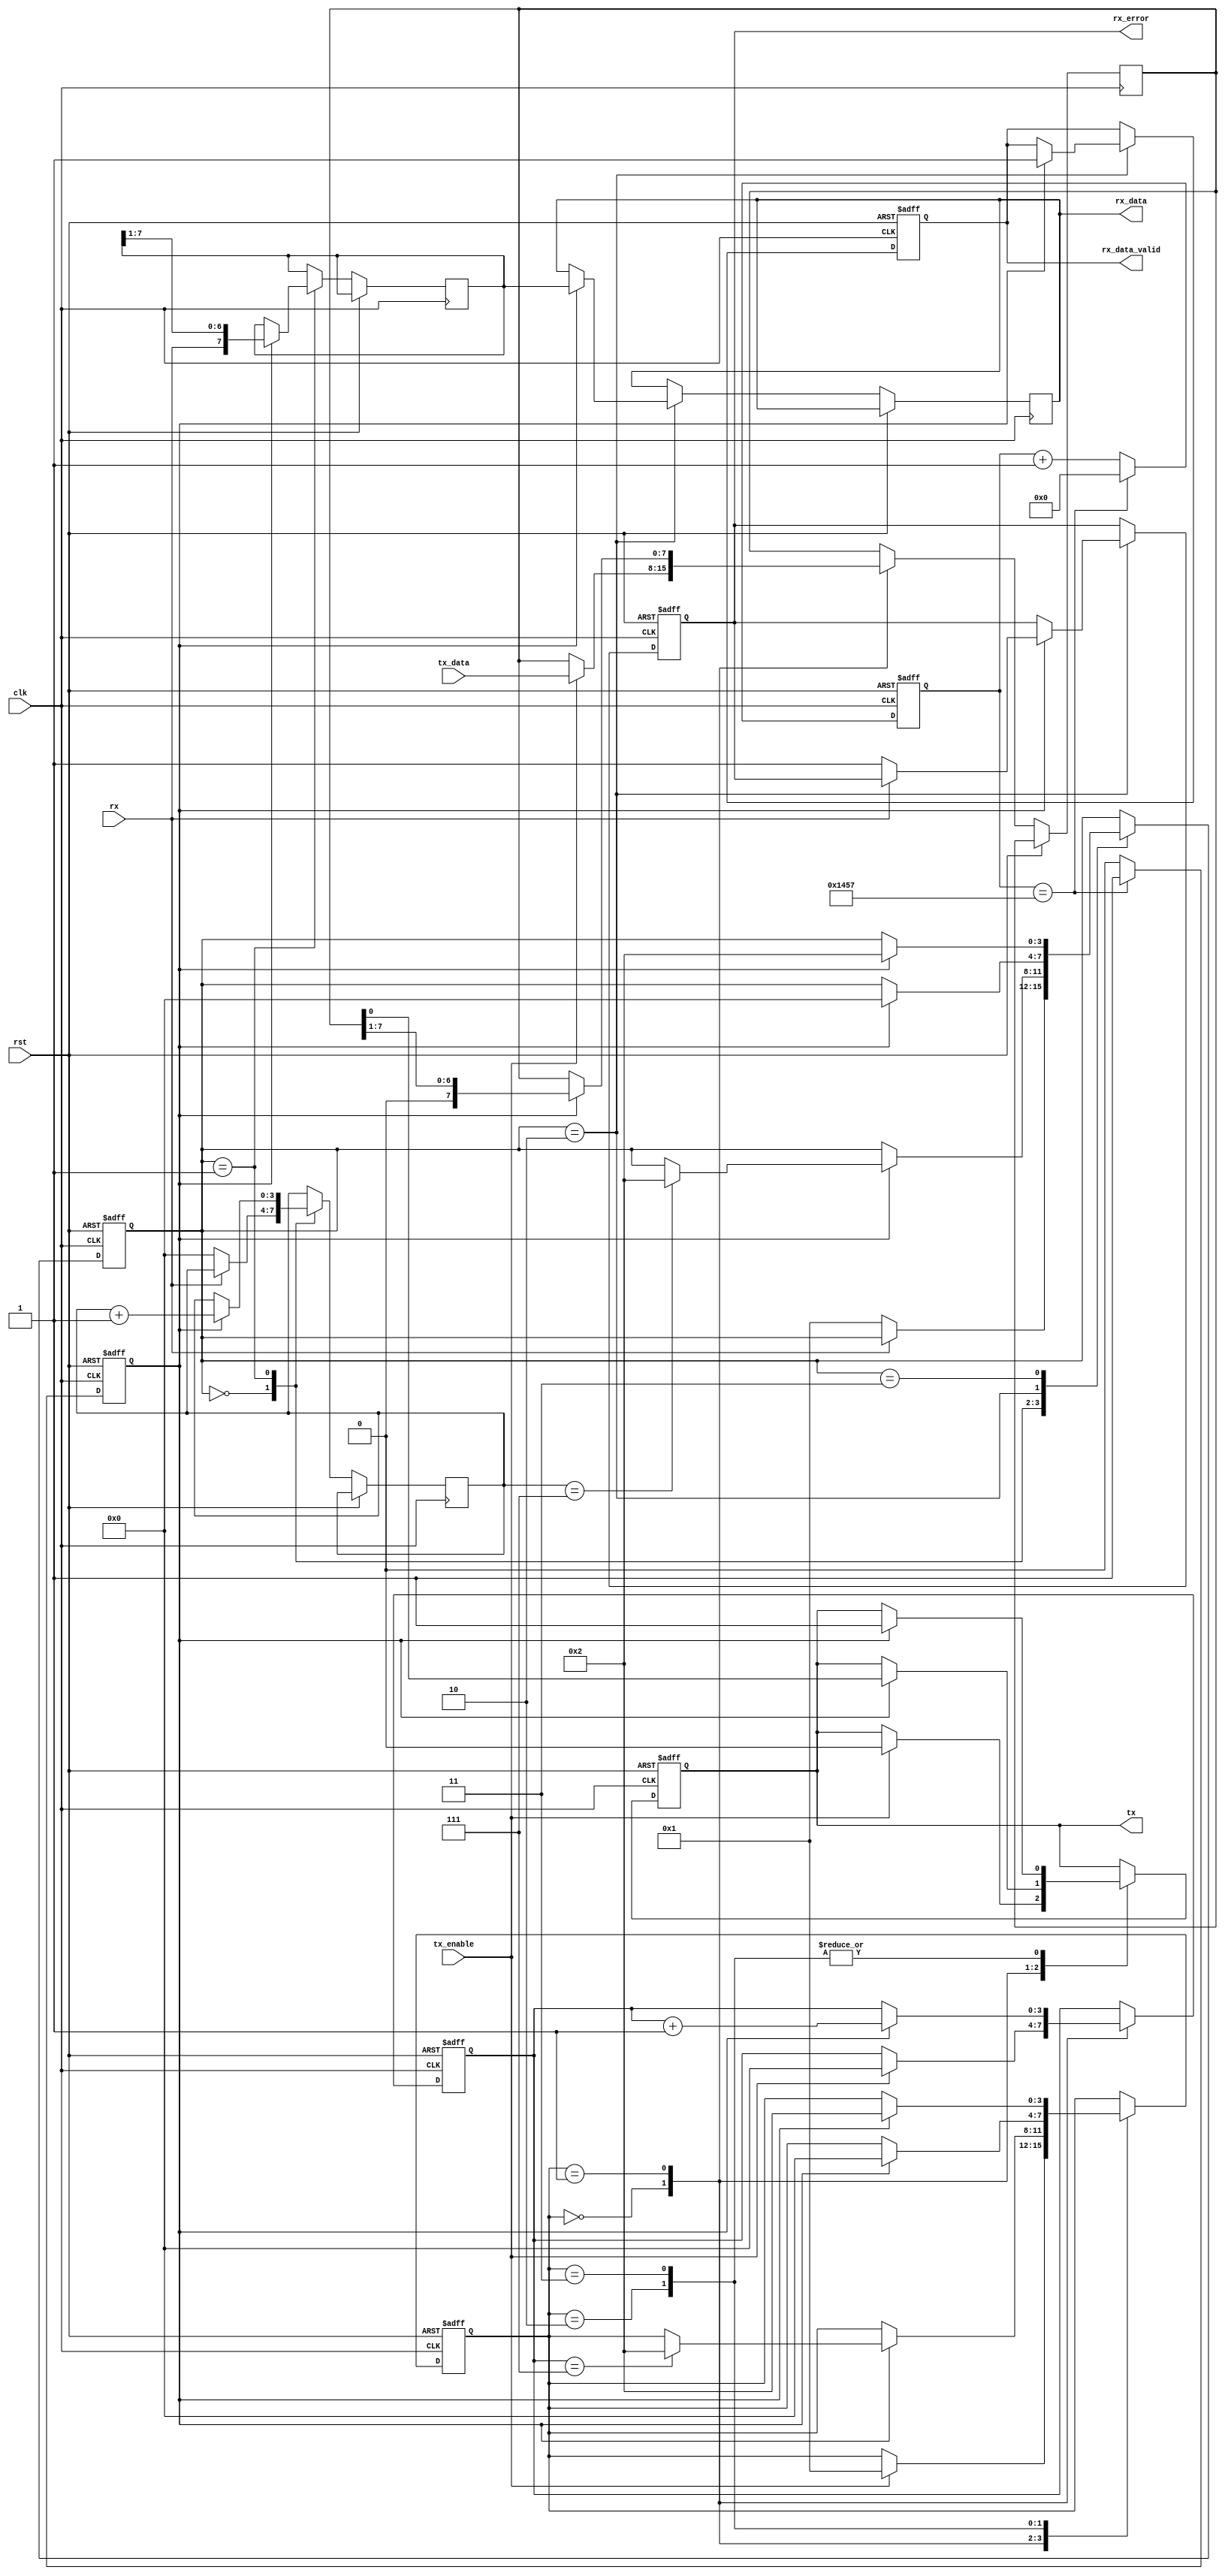
module parameterized_uart #(
    parameter BAUD_RATE = 9600,
    parameter DATA_BITS = 8,
    parameter STOP_BITS = 1,
    parameter PARITY = "NONE", // Options: "NONE", "EVEN", "ODD"
    parameter CLOCK_FREQ = 50000000 // 50 MHz
)(
    input wire clk,
    input wire rst,
    input wire tx_enable,
    input wire [DATA_BITS-1:0] tx_data,
    output reg tx,
    input wire rx,
    output reg [DATA_BITS-1:0] rx_data,
    output reg rx_data_valid,
    output reg rx_error
);

    // Baud rate generator
    localparam BAUD_RATE_DIV = CLOCK_FREQ / BAUD_RATE;
    reg [15:0] baud_counter;
    reg baud_tick;

    always @(posedge clk or posedge rst) begin
        if (rst) begin
            baud_counter <= 0;
            baud_tick <= 0;
        end else begin
            if (baud_counter == BAUD_RATE_DIV - 1) begin
                baud_counter <= 0;
                baud_tick <= 1;
            end else begin
                baud_counter <= baud_counter + 1;
                baud_tick <= 0;
            end
        end
    end

    // Transmitter
    reg [3:0] tx_state;
    reg [DATA_BITS-1:0] tx_shift_reg;
    reg [3:0] tx_bit_count;

    always @(posedge clk or posedge rst) begin
        if (rst) begin
            tx <= 1; // Idle state
            tx_state <= 0;
            tx_bit_count <= 0;
        end else begin
            case (tx_state)
                0: begin // Idle
                    if (tx_enable) begin
                        tx_shift_reg <= tx_data;
                        tx <= 0; // Start bit
                        tx_bit_count <= 0;
                        tx_state <= 1;
                    end
                end
                1: begin // Transmitting data bits
                    if (baud_tick) begin
                        tx <= tx_shift_reg[0]; // Send LSB first
                        tx_shift_reg <= {1'b0, tx_shift_reg[DATA_BITS-1:1]}; // Shift right
                        tx_bit_count <= tx_bit_count + 1;
                        if (tx_bit_count == DATA_BITS - 1) begin
                            tx_state <= (STOP_BITS == 1) ? 2 : 3; // Go to stop bit or parity
                        end
                    end
                end
                2: begin // Stop bit
                    if (baud_tick) begin
                        tx <= 1; // Stop bit
                        tx_state <= 0; // Back to idle
                    end
                end
                3: begin // Parity bit (if needed)
                    if (baud_tick) begin
                        if (PARITY == "EVEN") begin
                            tx <= ~^tx_data; // Even parity
                        end else if (PARITY == "ODD") begin
                            tx <= ^tx_data; // Odd parity
                        end else begin
                            tx <= 1; // No parity
                        end
                        tx_state <= 2; // Go to stop bit
                    end
                end
            endcase
        end
    end

    // Receiver
    reg [3:0] rx_state;
    reg [DATA_BITS-1:0] rx_shift_reg;
    reg [3:0] rx_bit_count;
    reg [1:0] stop_bit_count;

    always @(posedge clk or posedge rst) begin
        if (rst) begin
            rx_state <= 0;
            rx_data_valid <= 0;
            rx_error <= 0;
        end else begin
            case (rx_state)
                0: begin // Idle
                    if (rx == 0) begin // Start bit detected
                        rx_state <= 1;
                        rx_bit_count <= 0;
                        stop_bit_count <= 0;
                    end
                end
                1: begin // Receiving data bits
                    if (baud_tick) begin
                        rx_shift_reg <= {rx, rx_shift_reg[DATA_BITS-1:1]};
                        rx_bit_count <= rx_bit_count + 1;
                        if (rx_bit_count == DATA_BITS - 1) begin
                            rx_state <= (STOP_BITS == 1) ? 2 : 3; // Go to stop bit or parity
                        end
                    end
                end
                2: begin // Stop bit
                    if (baud_tick) begin
                        if (rx != 1) begin
                            rx_error <= 1; // Framing error
                        end
                        rx_data <= rx_shift_reg;
                        rx_data_valid <= 1;
                        rx_state <= 0; // Back to idle
                    end
                end
                3: begin // Parity check (if needed)
                    if (baud_tick) begin
                        if (PARITY == "EVEN" && rx != ~^rx_shift_reg) begin
                            rx_error <= 1; // Parity error
                        end else if (PARITY == "ODD" && rx != ^rx_shift_reg) begin
                            rx_error <= 1; // Parity error
                        end
                        rx_state <= 2; // Go to stop bit
                    end
                end
            endcase
        end
    end

endmodule